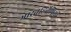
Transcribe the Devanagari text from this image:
भारतहितैषियों